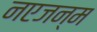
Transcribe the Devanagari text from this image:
नएजन्म